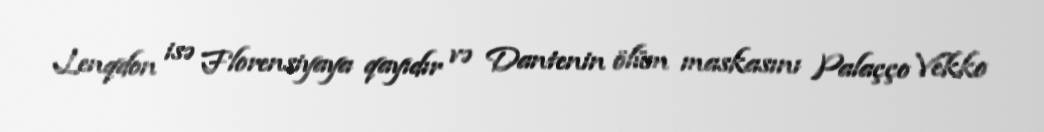
Lenqdon isə Florensiyaya qayıdır və Dantenin ölüm maskasını Palaçço Vekko